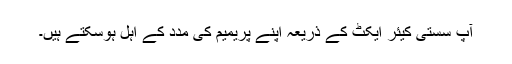
آپ سستی کیئر ایکٹ کے ذریعہ اپنے پریمیم کی مدد کے اہل ہوسکتے ہیں۔